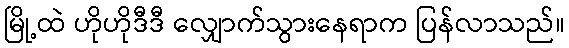
မြို့ထဲ ဟိုဟိုဒီဒီ လျှောက်သွားနေရာက ပြန်လာသည်။